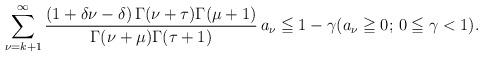
LaTeX: \begin{align*}\sum_{\nu =k+1 }^{ \infty} \dfrac{(1+\delta \nu - \delta ) \,\Gamma(\nu+\tau)\Gamma(\mu+1)}{\Gamma(\nu+\mu)\Gamma(\tau+1)} \, a_{\nu}\leqq 1-\gamma (a_{\nu}\geqq 0; \, 0 \leqq \gamma < 1).\end{align*}